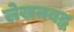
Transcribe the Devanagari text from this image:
लेखनबद्ध